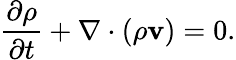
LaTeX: \frac{\partial\rho}{\partial t}+\nabla\cdot(\rho\mathbf{v})=0.